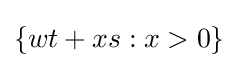
\lbrace wt+xs:x>0\rbrace